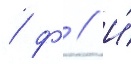
/ ф // И́